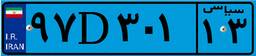
۹۱D۱۶۰۴۱